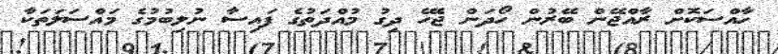
ހާއްސަކޮށް ރާއްޖޭން ބޭރުން ހޯދަން ޖެހޭ ދިގު މުއްދަތުގެ ފައިސާ ނުލިބުމުގެ މައްސަލަތަކާ